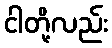
ငါတို့လည်း